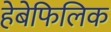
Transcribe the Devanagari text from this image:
हेबेफिलिक